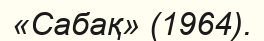
«Сабақ» (1964).